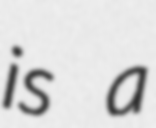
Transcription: is a